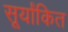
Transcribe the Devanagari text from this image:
सूर्यांकित